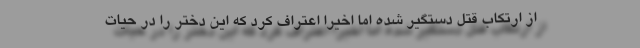
از ارتکاب قتل دستگیر شده اما اخیرا اعتراف کرد که این دختر را در حیات